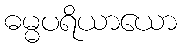
ဓမ္မပရိယာယော